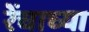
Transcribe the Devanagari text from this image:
रेंचाच्या